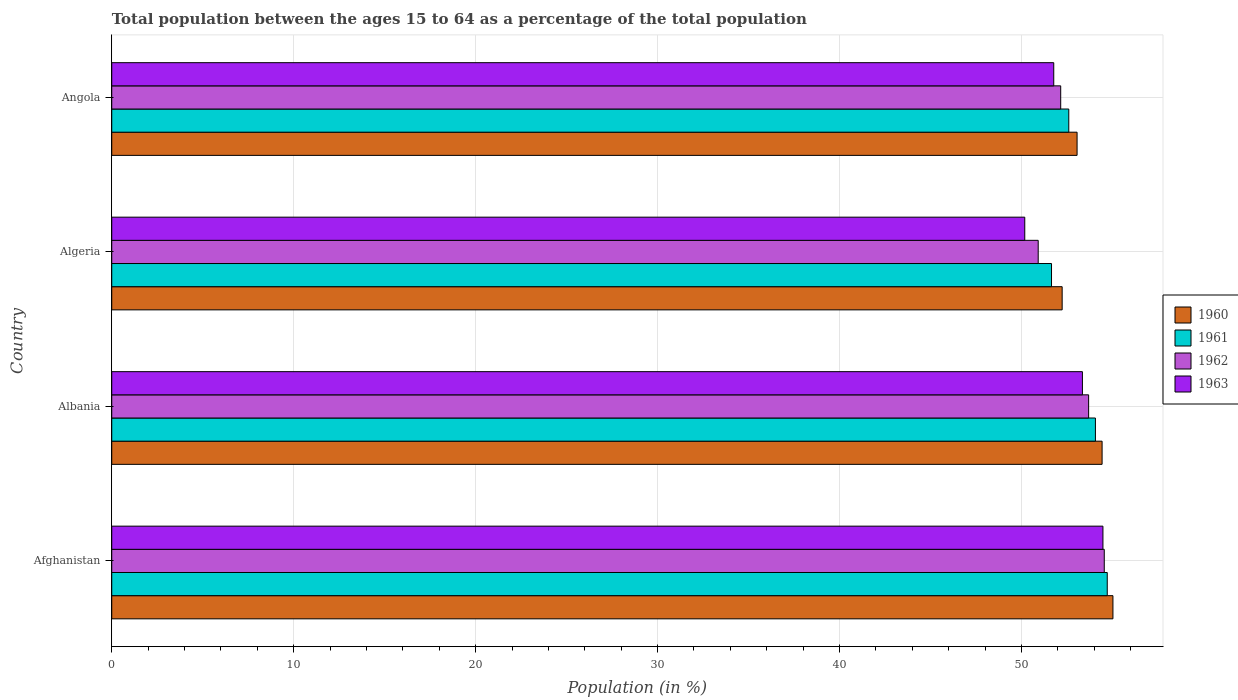
| Country | 1960 | 1961 | 1962 | 1963 |
 | --- | --- | --- | --- | --- |
 | Afghanistan | 55 | 54.7 | 54.6 | 54.5 |
 | Albania | 54.4 | 54.1 | 53.7 | 53.4 |
 | Algeria | 52.2 | 51.7 | 50.9 | 50.2 |
 | Angola | 53.1 | 52.6 | 52.2 | 51.8 |